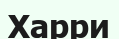
Харри